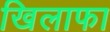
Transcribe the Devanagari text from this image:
खिलाफा